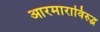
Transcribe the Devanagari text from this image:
आरमाराविरुद्ध